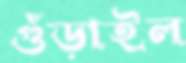
গুঁড়াইল